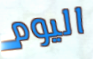
اليوم